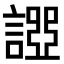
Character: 𧪧